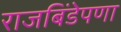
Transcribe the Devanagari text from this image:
राजबिंडेपणा